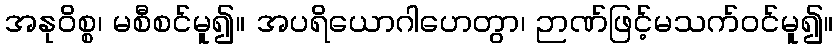
အနုဝိစ္စ၊ မစီစင်မူ၍။ အပရိယောဂါဟေတွာ၊ ဉာဏ်ဖြင့်မသက်ဝင်မူ၍။